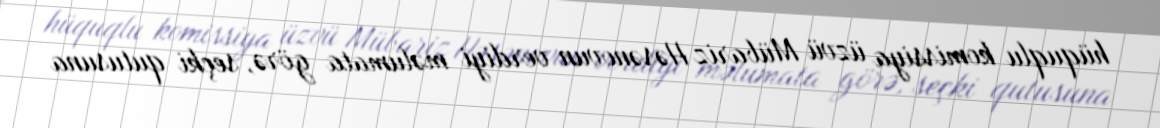
hüquqlu komissiya üzvü Mübariz Həsənovun verdiyi məlumata görə, seçki qutusuna